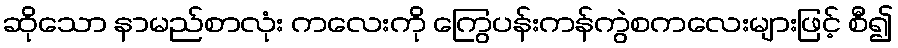
ဆိုသော နာမည်စာလုံး ကလေးကို ကြွေပန်းကန်ကွဲစကလေးများဖြင့် စီ၍